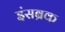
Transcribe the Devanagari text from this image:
इंसब्रक